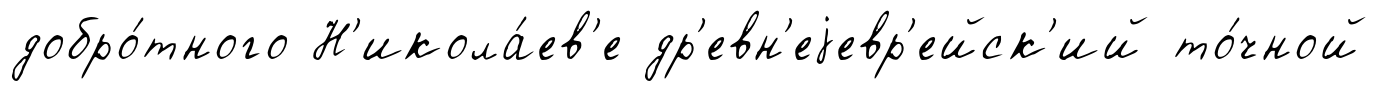
добро́тного Н'икола́ев'е др'евн'еjевр'ейск'ий то́чной